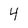
Character: 4